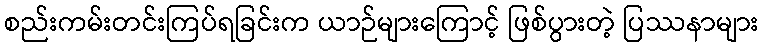
စည်းကမ်းတင်းကြပ်ရခြင်းက ယာဉ်များကြောင့် ဖြစ်ပွားတဲ့ ပြဿနာများ